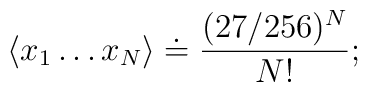
\langle x_1\dots x_N \rangle \doteq \frac{(27/256)^N}{N!};